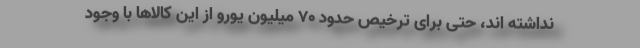
نداشته اند، حتی برای ترخیص حدود 70 میلیون یورو از این کالا‌ها با وجود